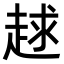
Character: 𧻱